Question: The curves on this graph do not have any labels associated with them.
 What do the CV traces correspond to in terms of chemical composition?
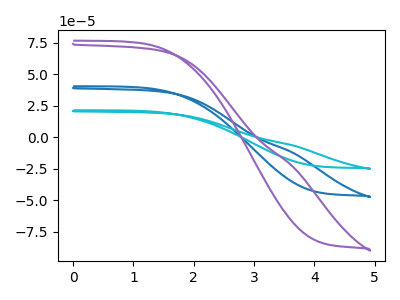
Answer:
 <answer>The blue curve does not have a label. The cyan curve does not have a label. The purple curve does not have a label.</answer>
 <eval></eval>